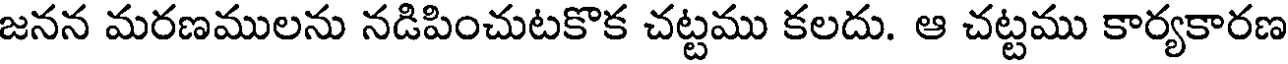
జనన మరణములను నడిపించుటకొక చట్టము కలదు. ఆ చట్టము కార్యకారణ